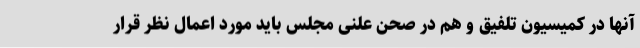
آنها در کمیسیون تلفیق و هم در صحن علنی مجلس باید مورد اعمال نظر قرار